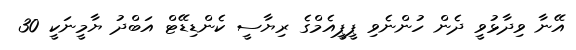
އޭނާ ވިދާޅުވީ ދެން ހުންނެވި ޕީޕީއެމްގެ ރިޔާސީ ކެންޑިޑޭޓް އަބްދު ޔާމީނަކީ 30